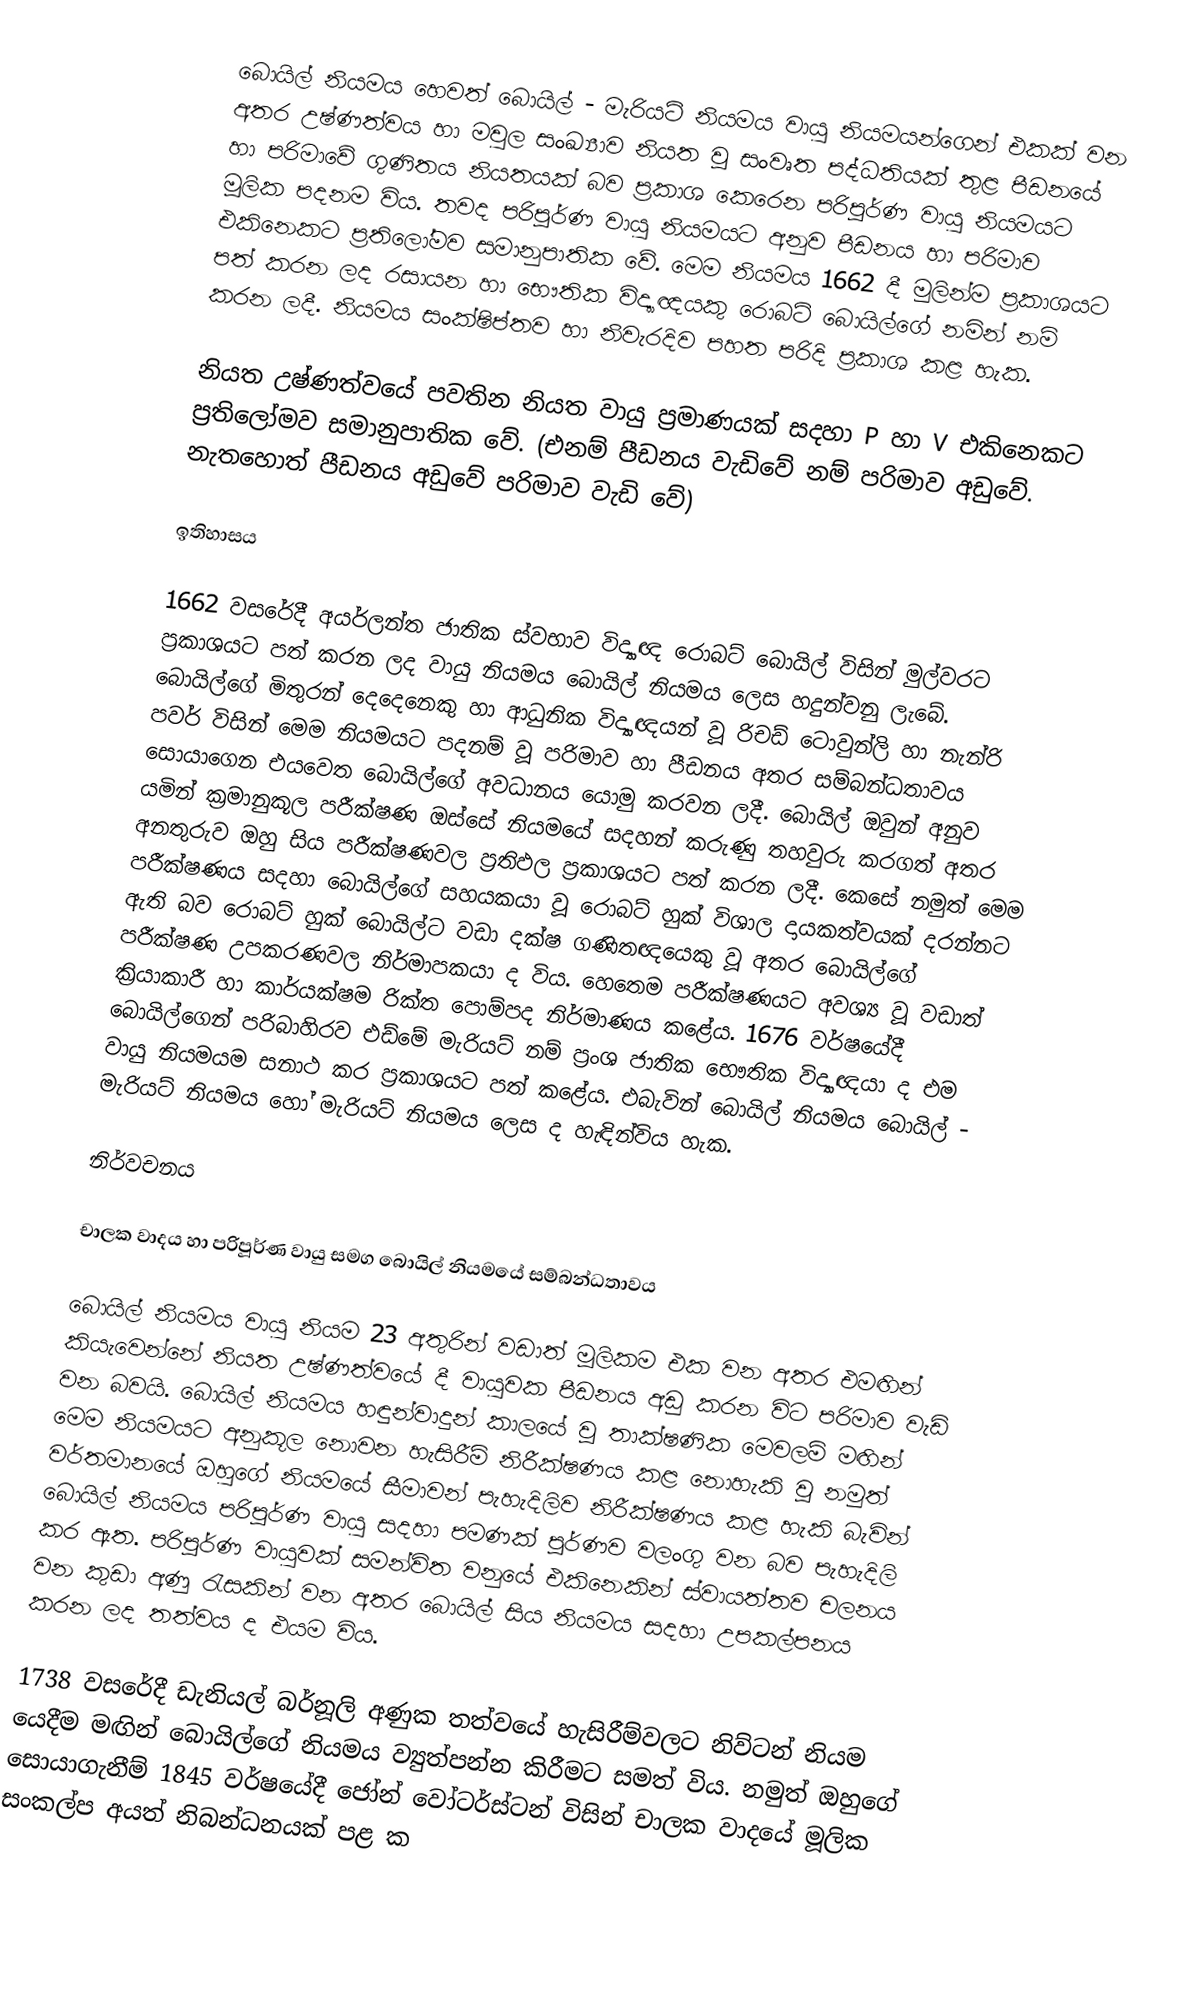
බොයිල් නියමය හෙවත් ‍බොයිල් - මැරියට් නියමය වායු නියමයන්ගෙන් එකක් වන අතර උෂ්ණත්වය හා මවුල සංඛ්‍යාව නියත වූ සංවෘත පද්ධතියක් තුළ පීඩනයේ හා පරිමාවේ ගුණිතය නියතයක් බව ප්‍රකාශ කෙරෙන පරිපූර්ණ වායු නියමයට මූලික පදනම විය. තවද පරිපූර්ණ වායු නියමයට අනුව පීඩනය හා පරිමාව එකිනෙකට ප්‍රතිලෝමව සමානුපාතික වේ. මෙම නියමය 1662 දී මුලින්ම ප්‍රකාශයට පත් කරන ලද රසායන හා භෞතික විද්‍යාඥයකු රොබට් බොයිල්ගේ නමින් නම් කරන ලදී. නියමය සංක්ෂිප්තව හා නිවැරදිව පහත පරිදි ප්‍රකාශ කළ හැක.

නියත උෂ්ණත්වයේ පවතින නියත වායු ප්‍රමාණයක් සදහා P හා V එකිනෙකට ප්‍රතිලෝමව සමානුපාතික වේ. (එනම් පීඩනය වැඩිවේ නම් පරිමාව අඩුවේ. නැතහොත් පීඩනය අඩුවේ පරිමාව වැඩි වේ)

ඉතිහාසය

1662 වසරේදී අයර්ලන්ත ජාතික ස්වභාව විද්‍යාඥ රොබට් බොයිල් විසින් මුල්වරට ප්‍රකාශයට පත් කරන ලද වායු නියමය බොයිල් නියමය ලෙස හදුන්වනු ලැබේ. බොයිල්ගේ මිතුරන් ‍දෙදෙනෙකු හා ආධුනික විද්‍යාඥයන් වූ රිචඩ් ටොවුන්ලි හා නැන්රි පවර් විසින් මෙම නියමයට පදනම් වූ පරිමාව හා පීඩනය අතර සම්බන්ධතාවය සොයාගෙන එය‍වෙත බොයිල්ගේ අවධානය යොමු කරවන ලදී. බොයිල් ඔවුන් අනුව යමින් ක්‍රමානුකූල පරීක්ෂණ ඔස්සේ නියමයේ සදහන් කරුණු තහවුරු කරගත් අතර අනතුරුව ඔහු සිය පරීක්ෂණවල ප්‍රතිඵල ප්‍රකාශයට පත් කරන ලදී. කෙසේ නමුත් මෙම පරීක්ෂණය සදහා බොයිල්ගේ සහයකයා වූ රොබට් හුක් විශාල දායකත්වයක් දරන්නට ඇති බව රොබට් හුක් බොයිල්ට වඩා දක්ෂ ගණිතඥයෙකු වූ අතර බොයිල්ගේ පරීක්ෂණ උපකරණවල නිර්මාපකයා ද විය. හෙතෙම පරීක්ෂණයට අවශ්‍ය වූ වඩාත් ක්‍රියාකාරී හා කාර්යක්ෂම රික්ත පොම්පද නිර්මාණය කළේය. 1676 වර්ෂයේදී බොයිල්ගෙන් පරිබාහිරව එඩ්මේ මැරියට් නම් ප්‍රංශ ජාතික භෞතික විද්‍යාඥ‍යා ද එම වායු නියමයම සනාථ කර ප්‍රකාශයට පත් ‍කළේය. එබැවින් බොයිල් නියමය බොයිල් - මැරියට් නියමය හෝ මැරියට් නියමය ලෙස ද හැඳින්විය හැක.

නිර්වචනය

චාලක වාදය හා පරිපූර්ණ වායු සමග බොයිල් නියමයේ සම්බන්ධතාවය

බොයිල් නියමය වායු නියම 23 අතුරින් වඩාත් මූලිකම එක වන අතර එමඟින් කියැවෙන්නේ නියත උෂ්ණත්වයේ දී වායුවක පීඩනය අඩු කරන විට පරිමාව වැඩි වන බවයි. බොයිල් නියමය හඳුන්වාදුන් කාලයේ වූ තාක්ෂණික මෙවලම් මඟින් මෙම නියමයට අනුකූල නොවන හැසිරීම් නිරීක්ෂණය කළ නොහැකි වූ නමුත් වර්තමානයේ ඔහුගේ නියමයේ සීමාවන් පැහැදිලිව නිරීක්ෂණය කළ හැකි බැවින් බොයිල් නියමය පරිපූර්ණ වායු සදහා පමණක් පූර්ණව වලංගු වන බව පැහැදිලි කර ඇත. පරිපූර්ණ වායුවක් සමන්විත වනුයේ එකිනෙකින් ස්වායත්තව චලනය වන කුඩා අණු රැසකින් වන අතර බොයිල් සිය නියමය සදහා උපකල්පනය කරන ලද තත්වය ද එයම ‍විය.

1738 වසරේදී ඩැනියල් බර්නූලි අණුක තත්වයේ හැසිරීම්වලට නිව්ටන් නියම යෙදීම මඟින් බොයිල්ගේ නියමය ව්‍යුත්පන්න කිරීමට සමත් විය. නමුත් ඔහුගේ සොයාගැනීම් 1845 වර්ෂයේදී ජෝන් වෝටර්ස්ටන් විසින් චාලක වාදයේ මූලික සංකල්ප අයත් නිබන්ධනයක් පළ ක